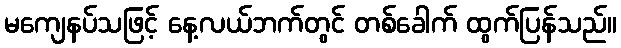
မကျေနပ်သဖြင့် နေ့လယ်ဘက်တွင် တစ်ခေါက် ထွက်ပြန်သည်။